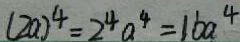
( 2 a ) ^ { 4 } = 2 ^ { 4 } a ^ { 4 } = 1 6 a ^ { 4 }